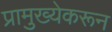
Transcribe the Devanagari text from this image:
प्रामुख्येकरून